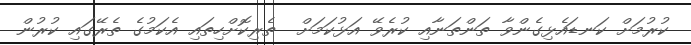
ކުރުމަށް ކަނޑައެޅިގެންވާ ތަންތަނާއި ކުރެވޭ އަޅުކަމަށް  ތެރިކޮށްހިތައި އެކަމުގެ ތެރޭގައި ކުރުން